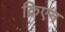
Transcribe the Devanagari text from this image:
क्रिएन